Bréfritari: Ásgeir Tryggvi Friðgeirsson
Viðtakandi: Einar Friðgeirsson
Dagsetning: A-1884-02-25
Skrifað á: Garði  S-Þing.
Ásgeir er bróðir Einars

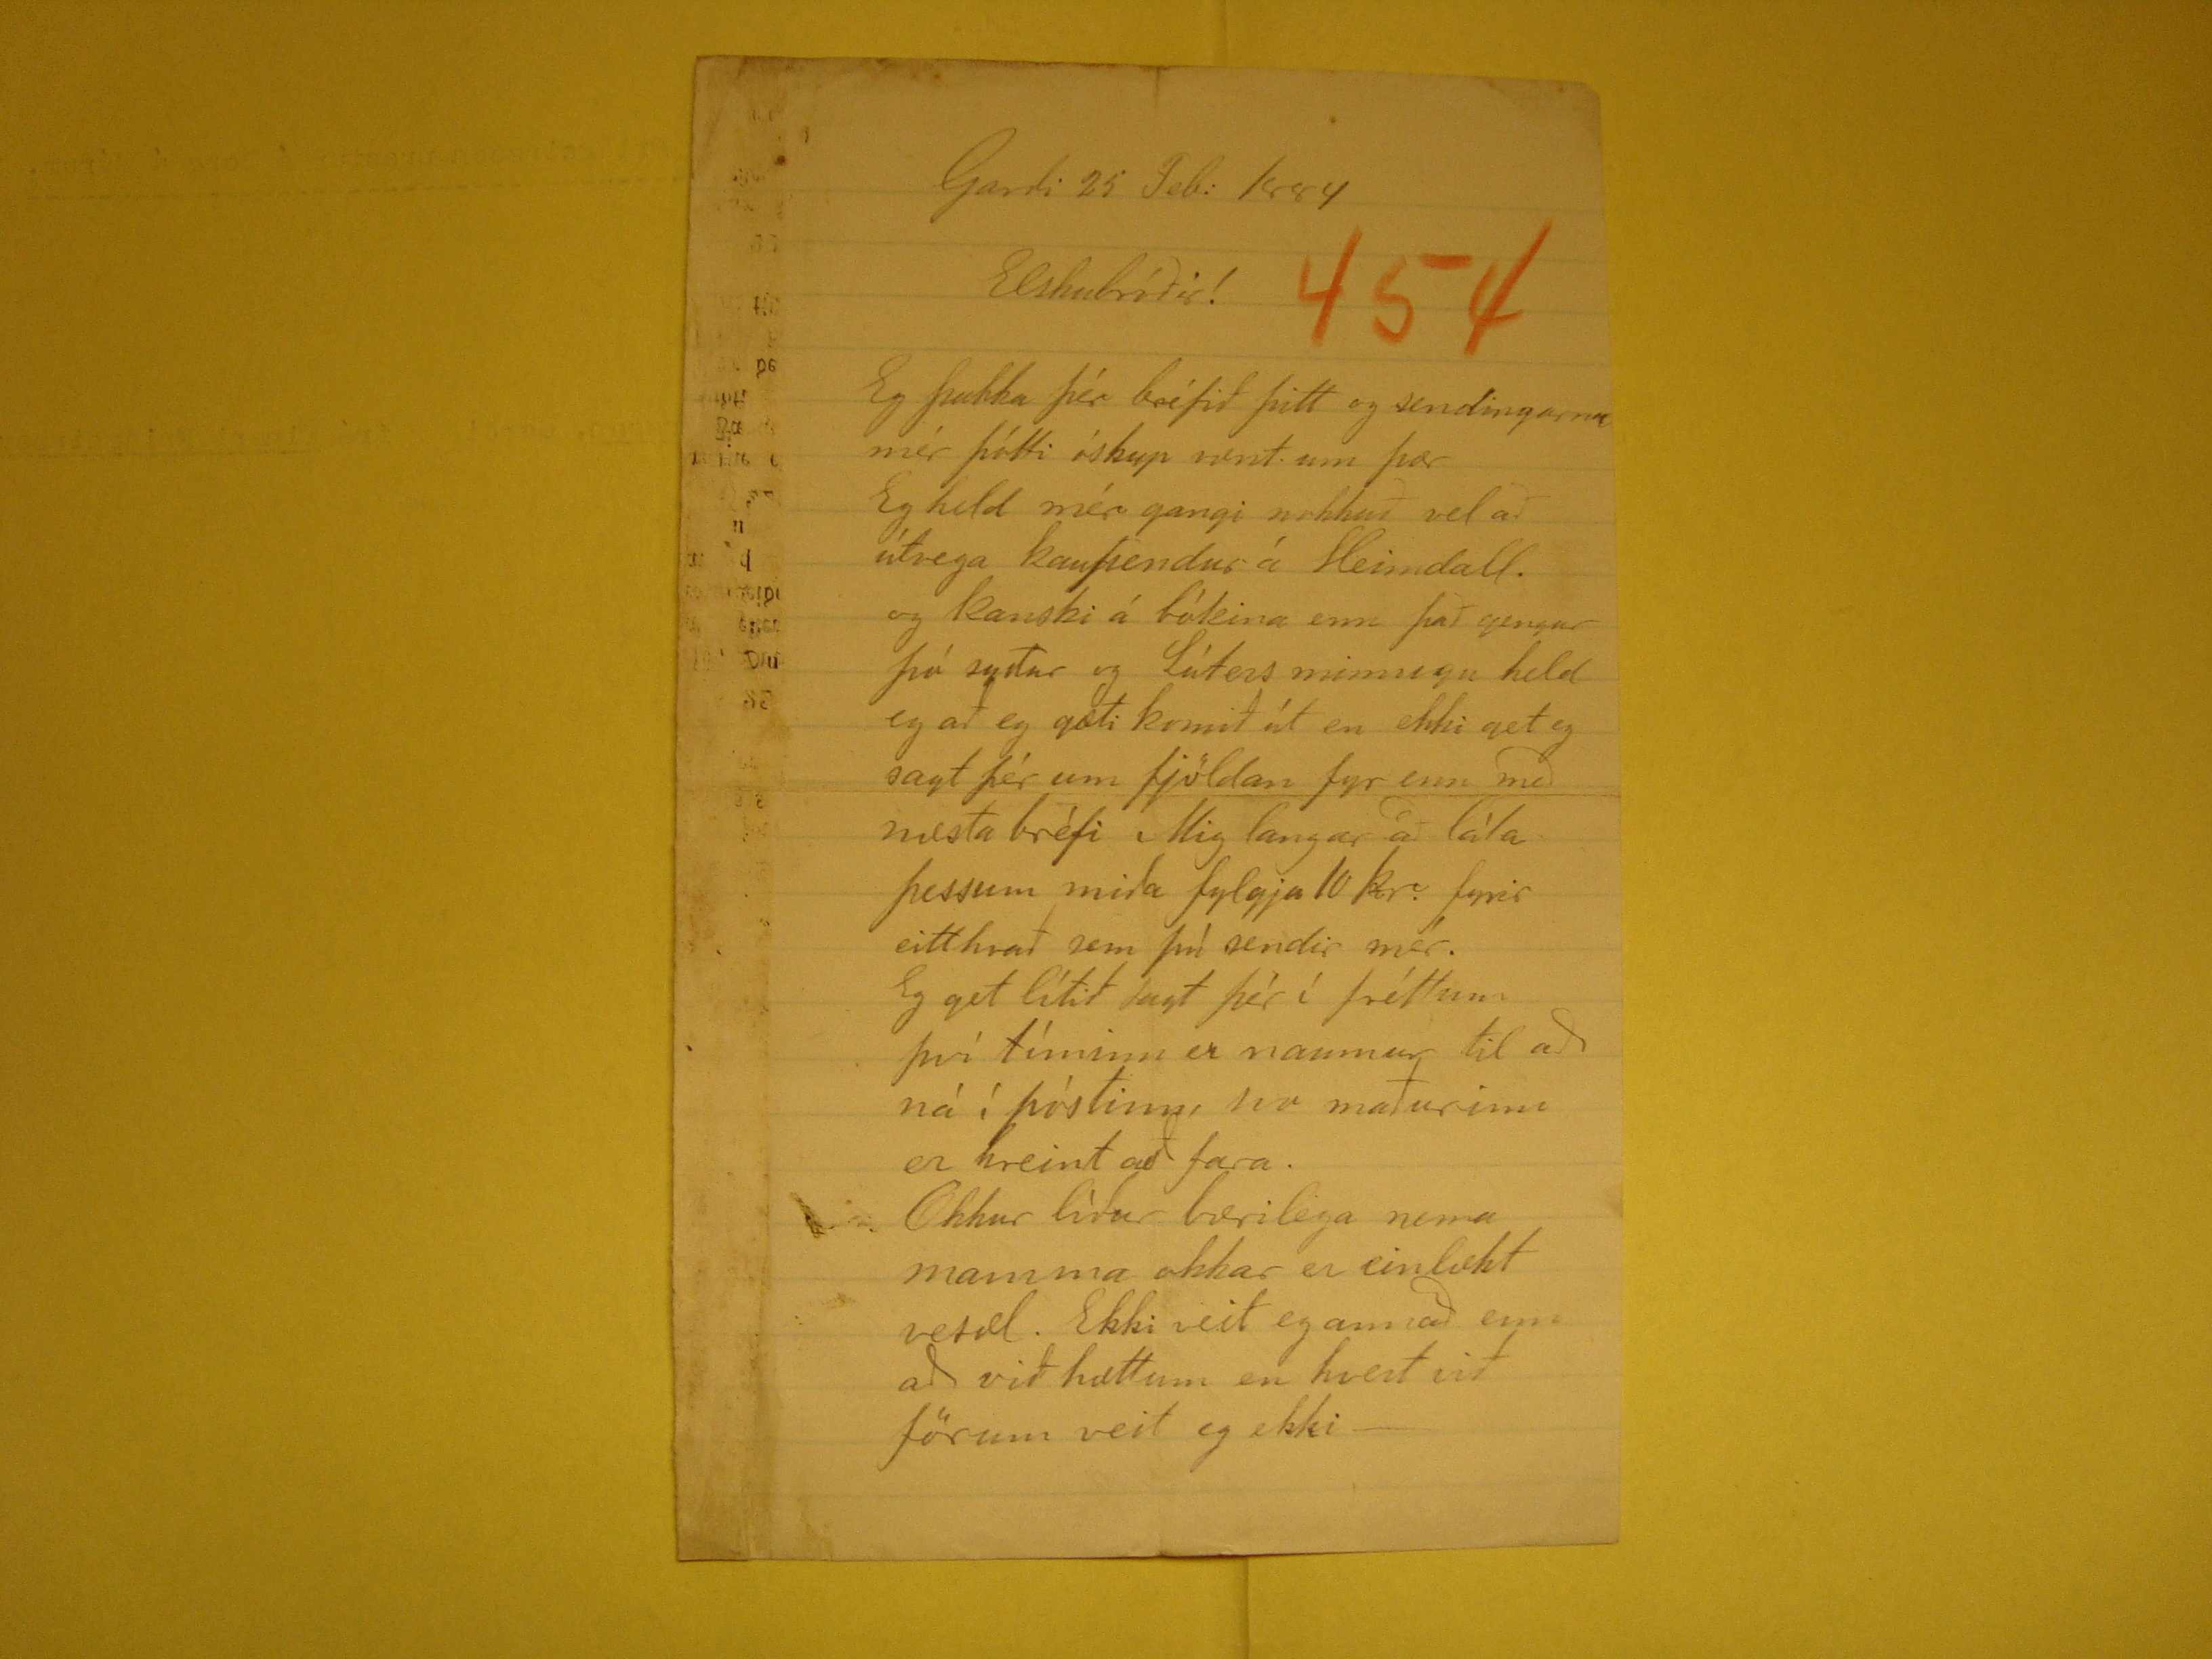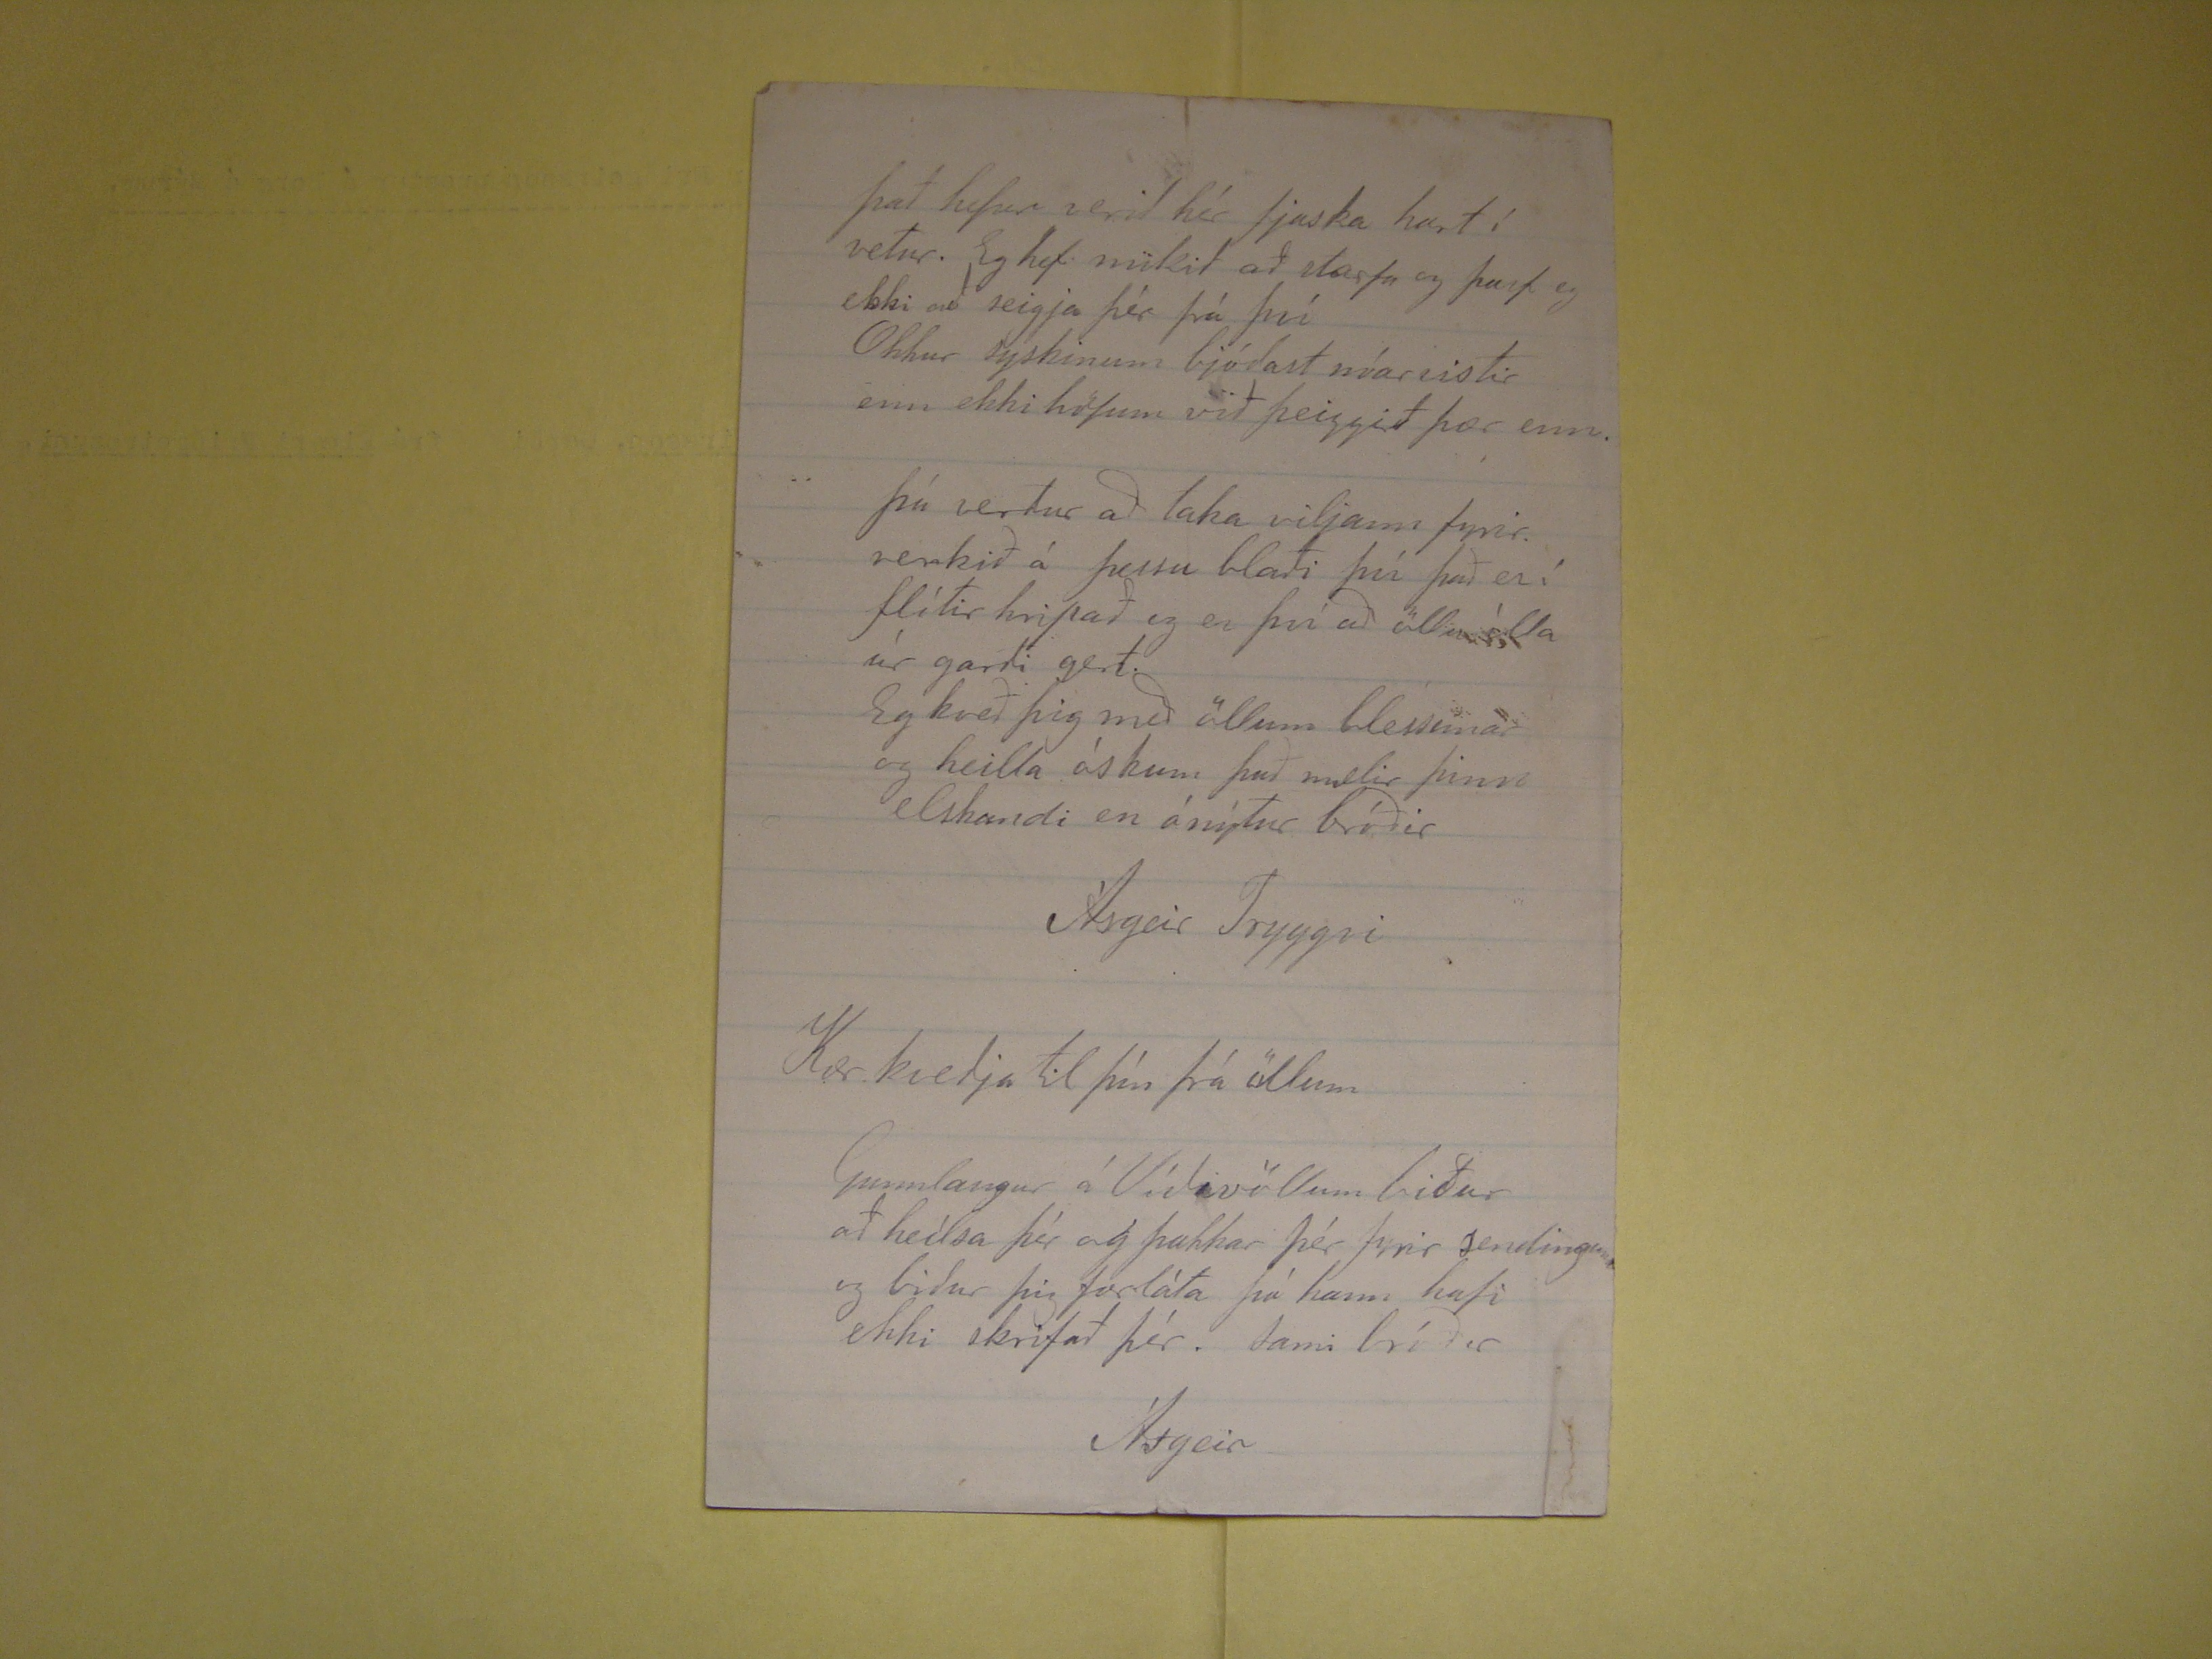

Garði 25 Febr: 1884
Elskubróðir!
Eg þakka þér bréfið þitt og sendingarna mér þótti óskup vænt um þær Eg held mér gangi nokkuð vel að útvega kaupendur á Heimdall. og kanski á bókina enn
það gengur þó syður og Lúters minnigu held eg að eg gæti komið út en ekki get eg sagt þér um fjöldan fyr enn með næsta bréfi Mig langar að láta þessum miða
fylgja 10 kr. fyrir eitthvað sem þú sendir mér. Eg get lítið sagt þér í fréttum því tíminn er naumur til að ná í póstinn svo maðurinn er hreint að fara. Okkur líður
bærilega nema mamma okkar er einlækt vesæl. Ekki veit eg annað enn að við hættum en hvert við förum veit eg ekki-
Það hefur verið hér fjaska hart í vetur. Eg hef mikið að starfa og þarf eg ekki að seigja þér frá því Okkur syskinum bjóðast nóar vistir enn ekki höfum við þeiggið
þær enn.
Þú verður að taka viljann fyrir verkið á þessu blaði því það er í flítir hripað og er því að öllu illa úr garði gert. Eg kveð þig með öllum blessunar og heilla óskum
það mælir þinn elskandi en ónýtur bróðir
Ásgeir Tryggvi
Kær kveðja til þín frá öllum
Gunnlaugur á Víðivöllum biður að heílsa þér og þakkar þér fyrir sendinguna og biður þig forláta þá hann hafi ekki skrifað þér. Sami bróðir
Ásgeir